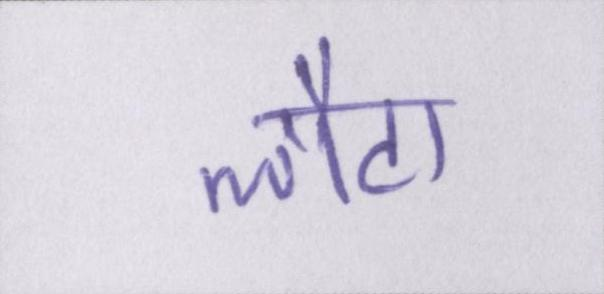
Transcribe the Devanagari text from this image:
लौटा